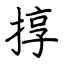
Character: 㨃